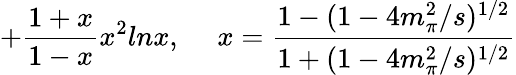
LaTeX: +\frac{1+x}{1-x}x^{2}lnx,~~~~~x=\frac{1-(1-4m_{\pi}^{2}/s)^{1/2}}{1+(1-4m_{\pi}^{2}/s)^{1/2}}